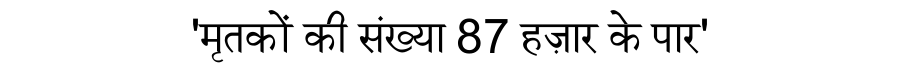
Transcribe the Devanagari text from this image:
'मृतकों की संख्या 87 हज़ार के पार'